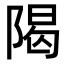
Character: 𫕈